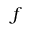
f